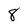
Character: 8